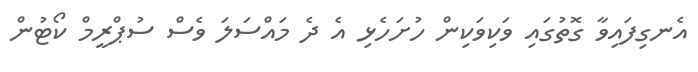
އެނގިފައިވާ ގޮތުގައި ވަކިވަކިން ހުށަހެޅި އެ ދެ މައްސަލަ ވެސް ސުޕްރީމް ކޯޓުން